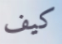
كيف